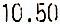
10.50